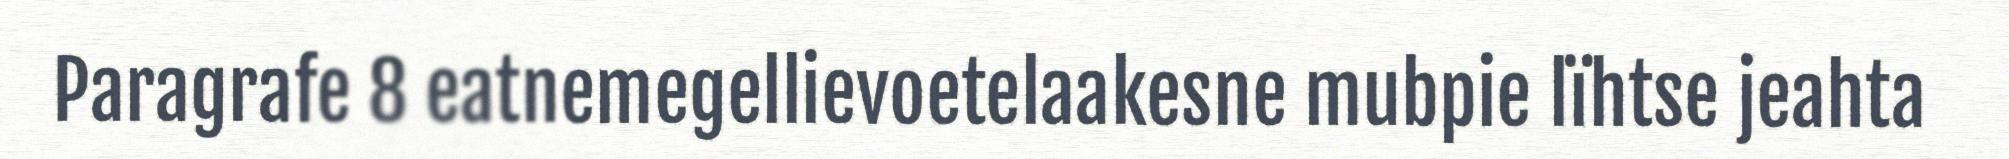
Paragrafe 8 eatnemegellievoetelaakesne mubpie lïhtse jeahta